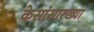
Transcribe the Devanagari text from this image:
केसांसारख्या